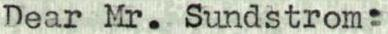
Dear Mr. Sundstrom: